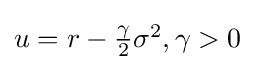
{\textstyle u=r-{\frac {\gamma }{2}}\sigma ^{2},\gamma >0}